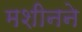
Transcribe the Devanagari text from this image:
मशीनने